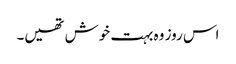
اس روز وہ بہت خوش تھیں۔